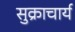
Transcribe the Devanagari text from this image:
सुक्राचार्य